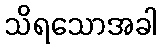
သိရသောအခါ